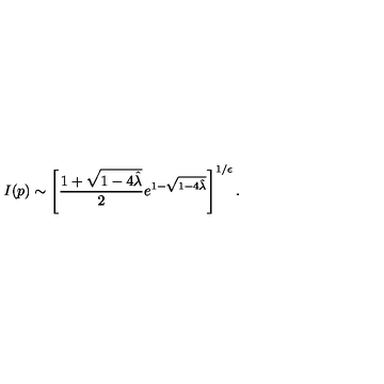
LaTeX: I ( p ) \sim \left[ { \frac { 1 + \sqrt { 1 - 4 { \hat { \lambda } } } } { 2 } } e ^ { 1 - \sqrt { 1 - 4 { \hat { \lambda } } } } \right] ^ { 1 / \epsilon } .